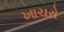
ખાચરો